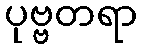
ပုဗ္ဗတရာ